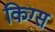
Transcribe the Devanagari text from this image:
किग्स